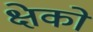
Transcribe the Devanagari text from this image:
क्षेको